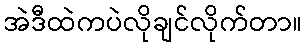
အဲဒီထဲကပဲလိုချင်လိုက်တာ။